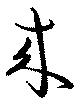
来